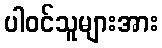
ပါဝင်သူများအား